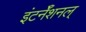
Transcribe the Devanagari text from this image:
इंटर्नॅशनल्